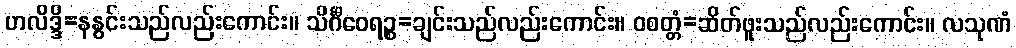
ဟလိဒ္ဒိ=နနွင်းသည်လည်းကောင်း။ သိင်္ဂီဝေရဉ္စ=ချင်းသည်လည်းကောင်း။ ဝစတ္တံ=ဆိတ်ဖူးသည်လည်းကောင်း။ လသုဏံ